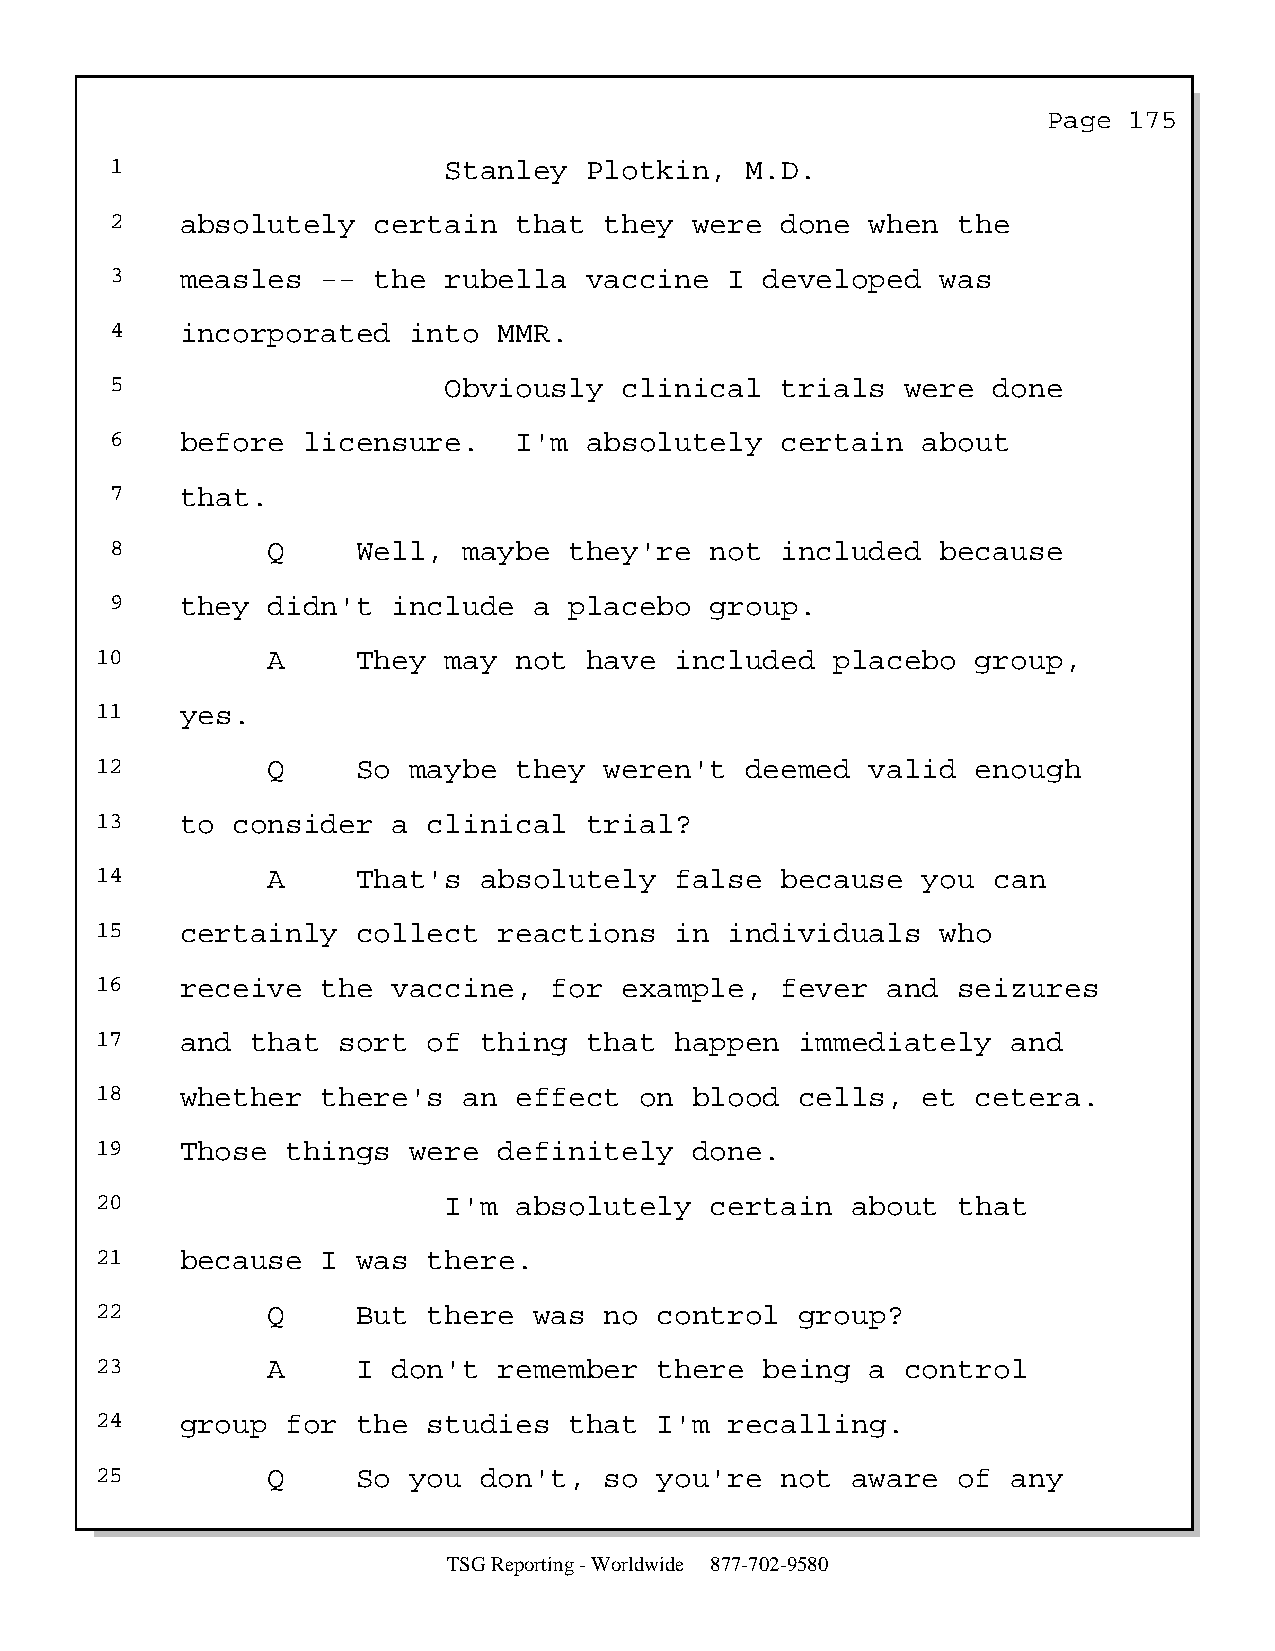
Page  175
 1                     Stanley   Plotkin,  M.D.
 2    absolutely   certain  that  they  were  done  when the
 3    measles  --  the rubella   vaccine  I  developed  was
 4    incorporated   into  MMR.
 5                     Obviously   clinical   trials  were  done
 6    before  licensure.    I'm  absolutely   certain  about
 7    that.
 8          Q     Well,  maybe  they're  not  included  because
 9    they  didn't  include  a  placebo  group.
 10          A     They may  not  have  included  placebo   group,
 11    yes.
 12          Q     So maybe  they  weren't  deemed   valid  enough
 13    to consider   a clinical   trial?
 14          A     That's  absolutely   false  because  you  can
 15    certainly   collect  reactions   in individuals   who
 16    receive  the  vaccine,  for  example,   fever  and seizures
 17    and  that sort  of  thing  that  happen  immediately   and
 18    whether  there's   an effect  on  blood  cells,  et  cetera.
 19    Those  things  were  definitely   done.
 20                     I'm  absolutely   certain  about  that
 21    because  I  was there.
 22          Q     But there  was  no  control  group?
 23          A     I don't  remember   there  being  a control
 24    group  for  the studies   that  I'm recalling.
 25          Q     So you  don't,  so  you're  not aware  of  any
 TSG Reporting - Worldwide 877-702-9580